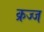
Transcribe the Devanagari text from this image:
क्रज्ज